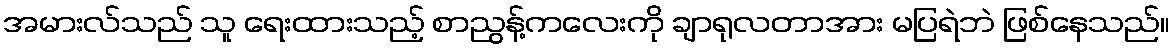
အမားလ်သည် သူ ရေးထားသည့် စာညွန့်ကလေးကို ချာရုလတာအား မပြရဲဘဲ ဖြစ်နေသည်။